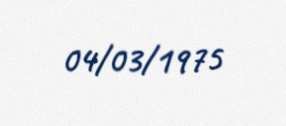
04/03/1975